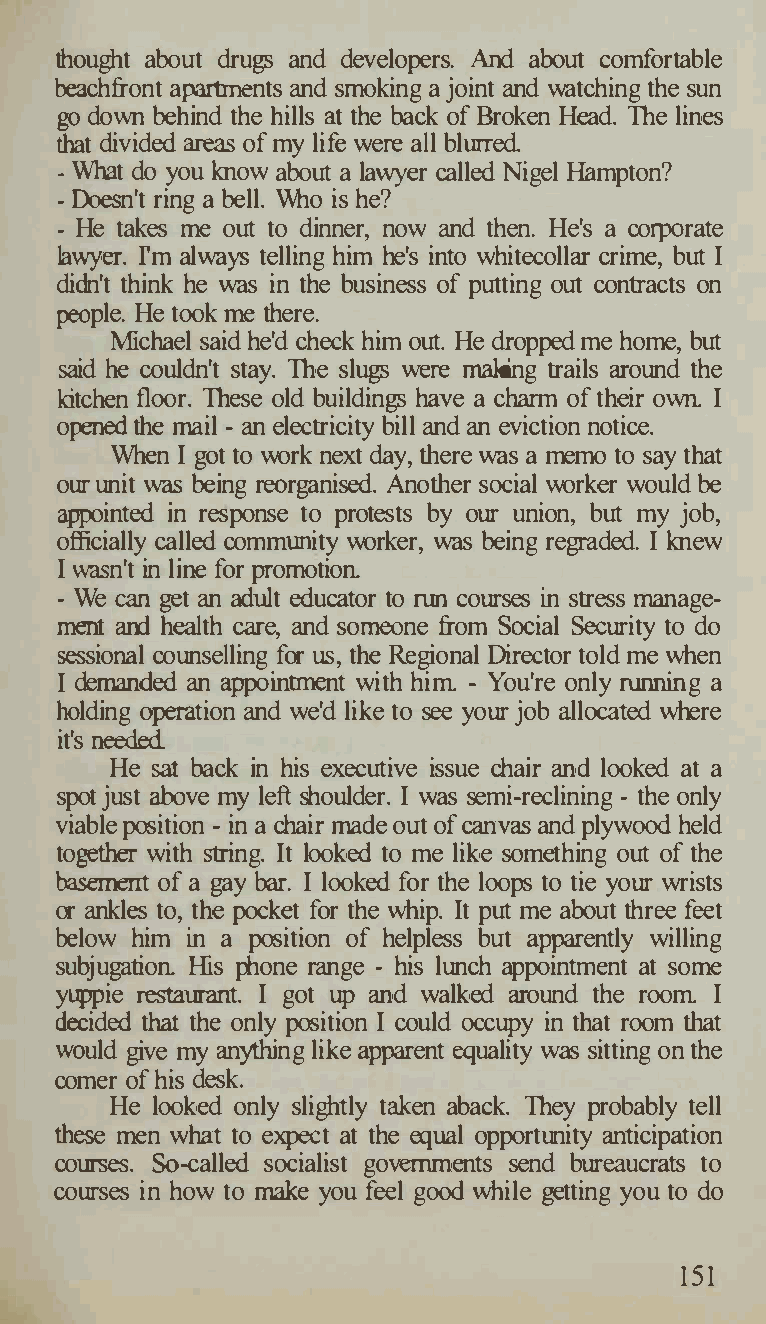
thought about drugs and developers. And about comfortable
 beachfront apartments and smoking a joint and watching the sun
 go down behind the hills at the back of Broken Head. The lines
 that divided areas of my life were all blmTed.
 - What do you know about a lawyer called Nigel Hampton?
 - Doesn't ring a bell. Who is he?
 - He takes me out to dinner, now and then. He's a corporate
 lawyer. rm always telling him he's into whitecollar crime, but I
 didn't think he was in the business of putting out contracts on
 people. He took there.
 me
 :Michael said he'd check him out. He dropped me home, but
 said he couldn't stay. The slugs were making trails around the
 kitchen floor. These old buildings have a charm of their own I
 opened the mail - an electricity bill and an eviction notice.
 When I got to work next day, there was a memo to say that
 our unit was being reorganised. Another social worker would be
 appointed in response to protests by our union, but my job,
 officially called community worker, was being regraded. I knew
 I wasn't in line for promotion
 - We can get an adult educator to run courses in stress manage­
 ment and health care, and someone from Social Security to do
 sessional counselling for us, the Regional Director told me when
 I demanded an appointment with him - You're only running a
 holding operation and we'd like to see your job allocated where
 it's needed.
 He sat back in his executive issue chair and looked at a
 spot just above my left shoulder. I was semi-reclining - the only
 viable position - in a chair made out of canvas and plywood held
 together with string. It looked to me like something out of the
 basement of a gay bar. I looked for the loops to tie your wrists
 or ankles to, the pocket for the whip. It put me about three feet
 below him in a position of helpless but apparently willing
 subjugation His phone range - his lunch appointment at some
 yuppie restaurant. I got up and walked around the room I
 decided that the only position I could occupy in that room that
 would give my anything like apparent equality was sitting on the
 comer of his desk.
 He looked only slightly taken aback. They probably tell
 these men what to expect at the equal opportunity anticipation
 courses. So-called socialist governments send bureaucrats to
 courses in how to make you feel good while getting you to do
 151